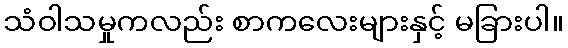
သံဝါသမှုကလည်း စာကလေးများနှင့် မခြားပါ။